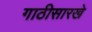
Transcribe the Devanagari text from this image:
गाठीसारखे